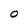
Character: O